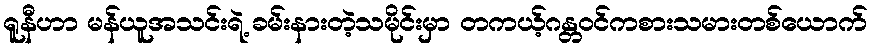
ရူနီဟာ မန်ယူအသင်းရဲ့ ခမ်းနားတဲ့သမိုင်းမှာ တကယ့်ဂန္တဝင်ကစားသမားတစ်ယောက်